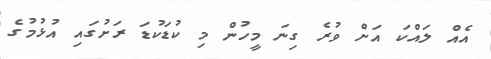
އެއް ލައްކަ އަށް ވުރެ ގިނަ މީހުން މި ކުޑަކުޑަ ރަށުގައި އުޅުމުގެ